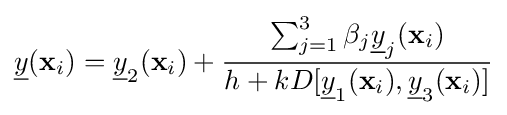
{\underline {y}}({\textbf {x}}_{i})={\underline {y}}_{2}({\textbf {x}}_{i})+{\frac {\sum _{j=1}^{3}\beta _{j}{\underline {y}}_{j}({\textbf {x}}_{i})}{h+kD[{\underline {y}}_{1}({\textbf {x}}_{i}),{\underline {y}}_{3}({\textbf {x}}_{i})]}}